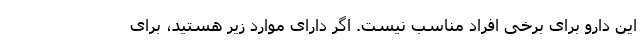
این دارو برای برخی افراد مناسب نیست. اگر دارای موارد زیر هستید، برای